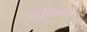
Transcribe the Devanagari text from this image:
अधितप्त